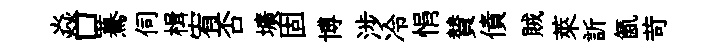
焱口驀伺楫宥否壙固博涉冷悁賛債賊萊訢氤苛